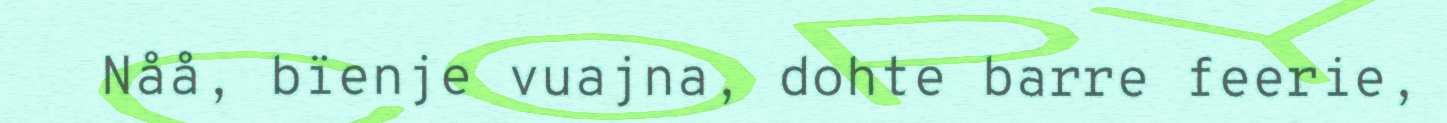
Nåå, bïenje vuajna, dohte barre feerie,